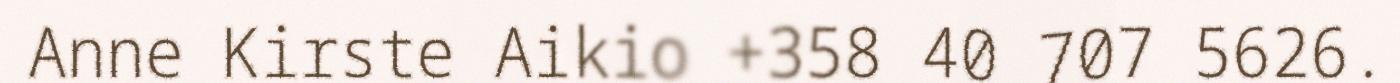
Anne Kirste Aikio +358 40 707 5626.